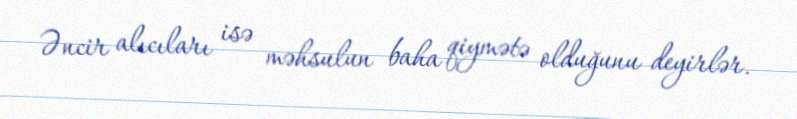
Əncir alıcıları isə məhsulun baha qiymətə olduğunu deyirlər.